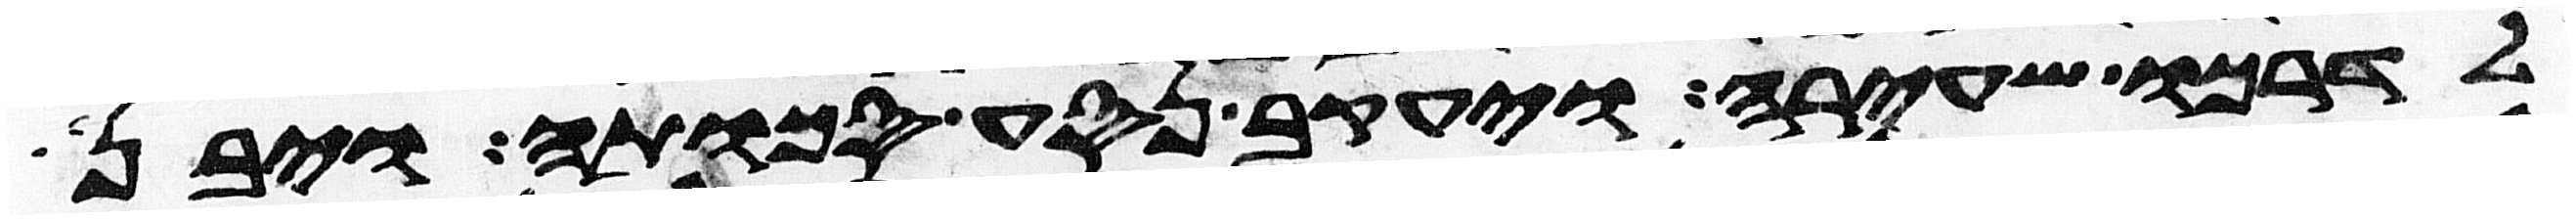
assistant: לדרכו שעירה ויעקב נסע סכותה ויבן